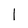
Character: 1